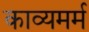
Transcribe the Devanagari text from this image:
काव्यमर्म